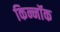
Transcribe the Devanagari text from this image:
किन्नॉक